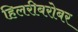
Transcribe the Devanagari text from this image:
हिलरीबरोबर